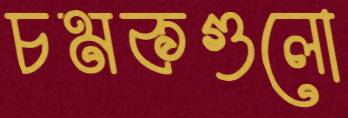
চমকগুলো